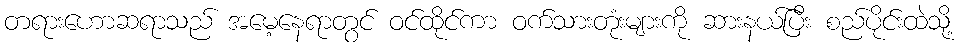
တရားဟောဆရာသည် အမေ့နေရာတွင် ဝင်ထိုင်ကာ ဝက်သားတုံးများကို ဆားနယ်ပြီး စည်ပိုင်းထဲသို့